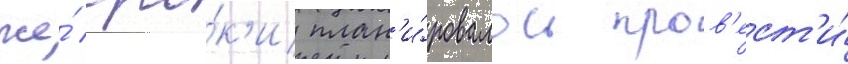
же́ сро́к'и план'и́ровалось пров'ест'и́